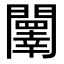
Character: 䦴